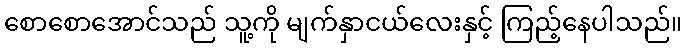
စောစောအောင်သည် သူ့ကို မျက်နှာငယ်လေးနှင့် ကြည့်နေပါသည်။